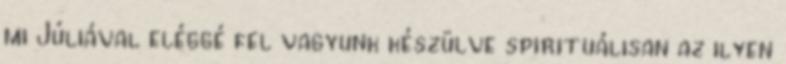
mi Júliával eléggé fel vagyunk készülve spirituálisan az ilyen